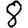
Digit: 8